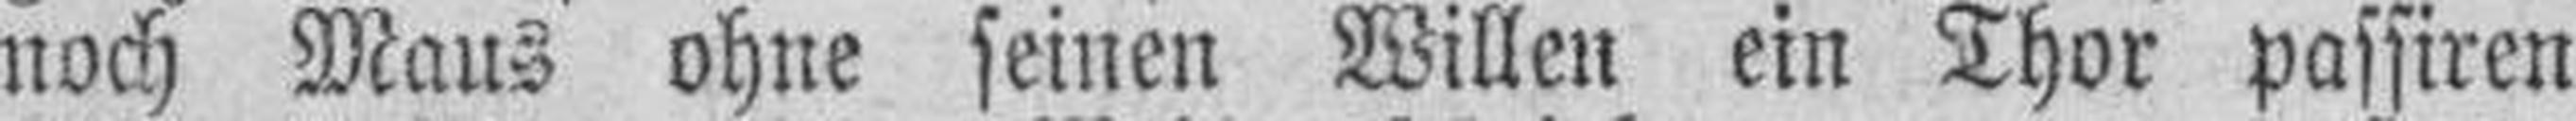
noch Maus ohne seinen Willen ein Thor passiren